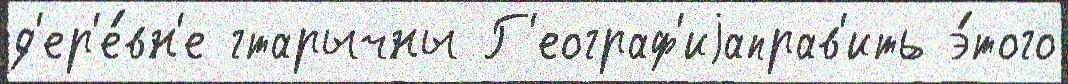
д'ер'е́вн'е гтарычны Г'еограф'иjаправ'ить э́того